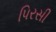
પિરસી